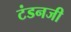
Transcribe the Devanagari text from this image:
टंडनजी